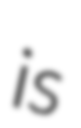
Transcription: is